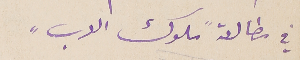
في مطالعة "ملوك العرب"